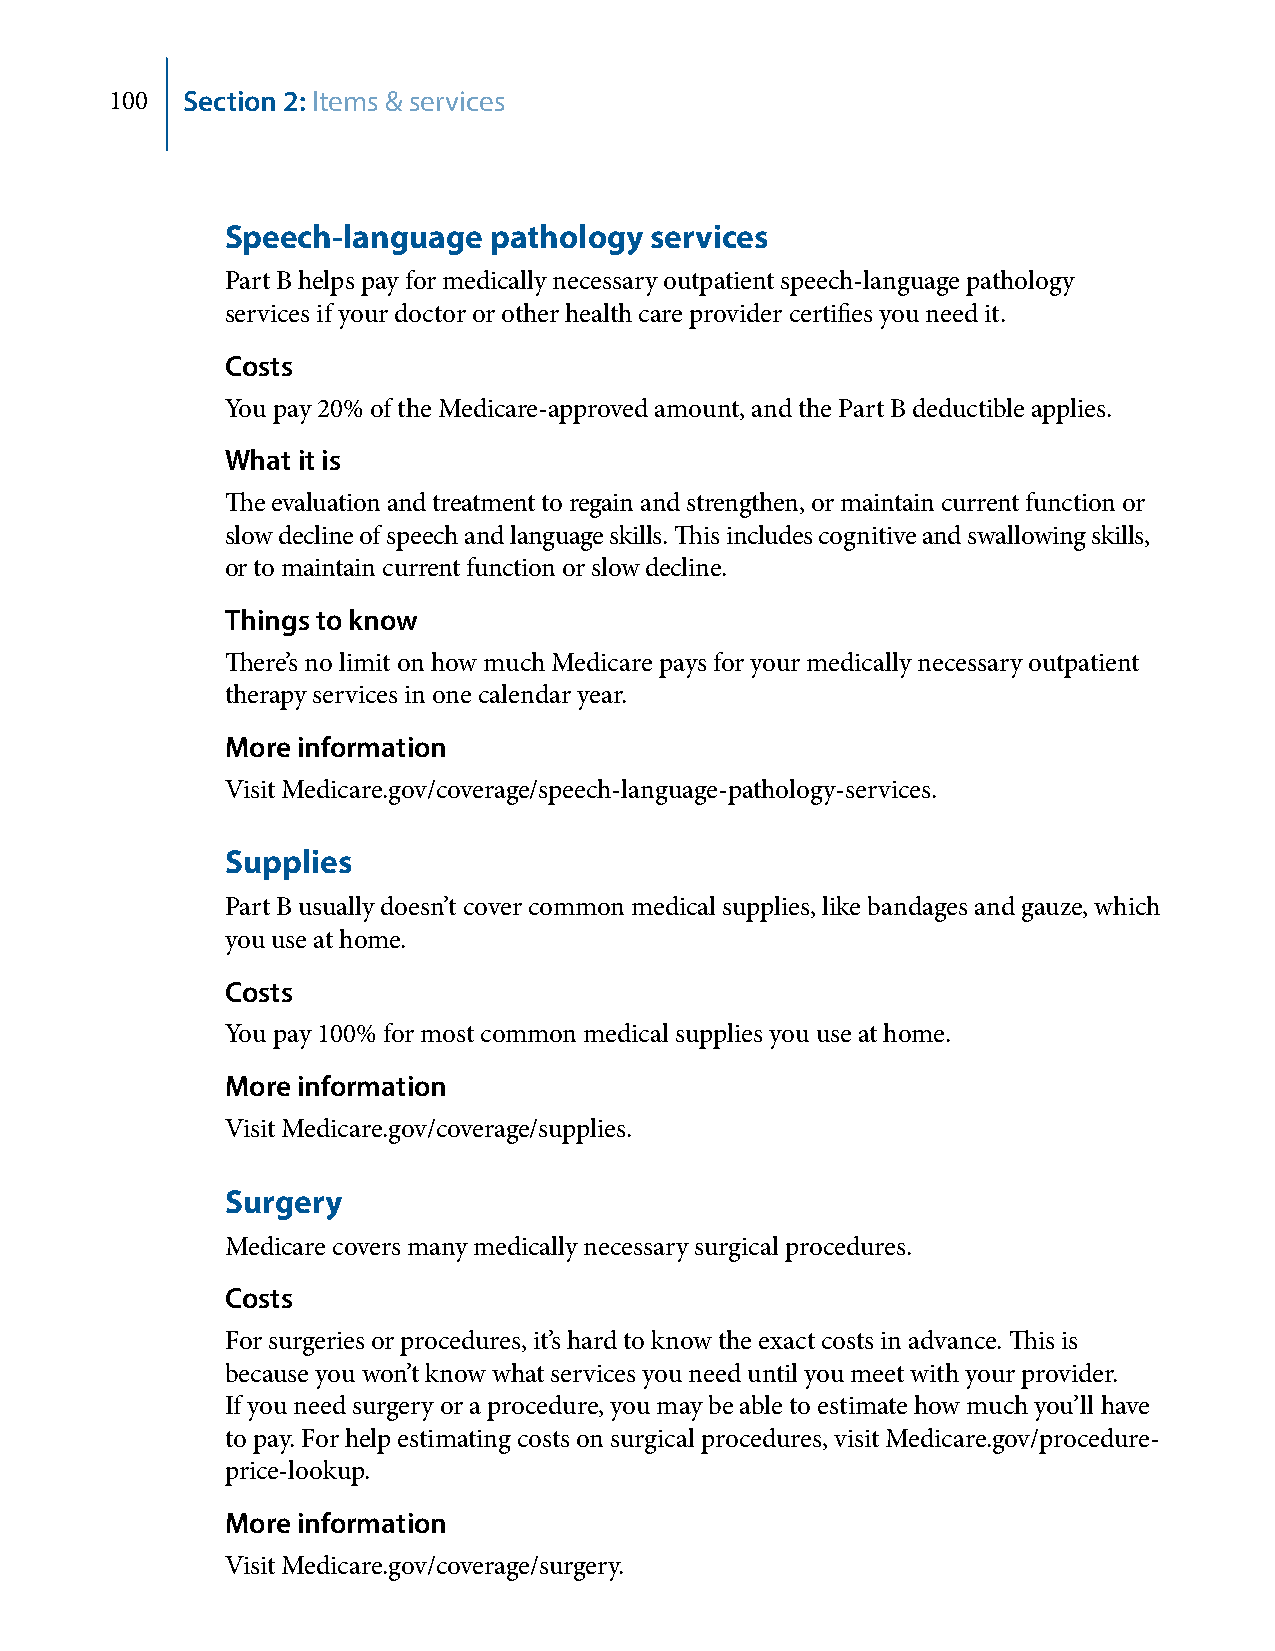
100  Section 2: Items & services
 Speech-language  pathology  services
 Part B helps pay for medically necessary outpatient speech-language pathology
 services if your doctor or other health care provider certifies you need it.
 Costs
 You pay 20% of the Medicare-approved amount, and the Part B deductible applies.
 What it is
 The evaluation and treatment to regain and strengthen, or maintain current function or
 slow decline of speech and language skills. This includes cognitive and swallowing skills,
 or to maintain current function or slow decline.
 Things to know
 There’s no limit on how much Medicare pays for your medically necessary outpatient
 therapy services in one calendar year.
 More information
 Visit Medicare.gov/coverage/speech-language-pathology-services.
 Supplies
 Part B usually doesn’t cover common medical supplies, like bandages and gauze, which
 you use at home.
 Costs
 You pay 100% for most common medical supplies you use at home.
 More information
 Visit Medicare.gov/coverage/supplies.
 Surgery
 Medicare covers many medically necessary surgical procedures.
 Costs
 For surgeries or procedures, it’s hard to know the exact costs in advance. This is
 because you won’t know what services you need until you meet with your provider.
 If you need surgery or a procedure, you may be able to estimate how much you’ll have
 to pay. For help estimating costs on surgical procedures, visit Medicare.gov/procedure-
 price-lookup.
 More information
 Visit Medicare.gov/coverage/surgery.